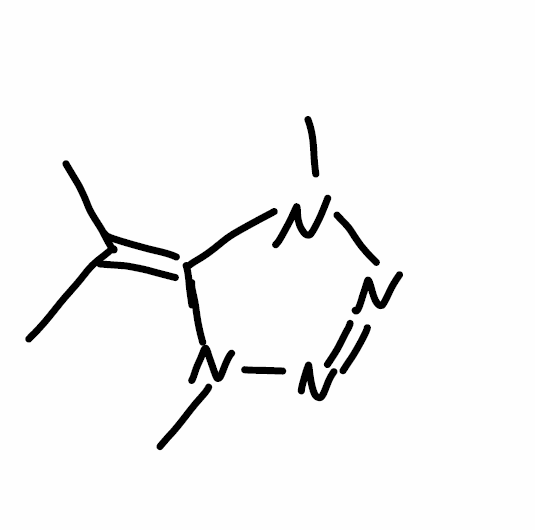
Simplified molecular-input line-entry system (SMILES) notation of the given molecule:
CC(=C1N(N=NN1C)C)C